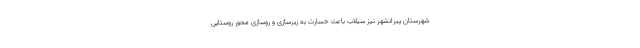
شهرستان پیرانشهر نیز سیلاب باعث خسارت به زیرسازی و روسازی محور روستایی